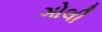
ગોલી